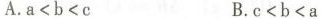
A.a<b<c B.c<b<a